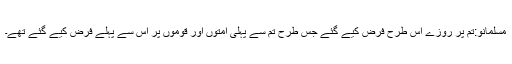
مسلمانو:تم پر روزے اس طرح فرض کیے گئے جس طرح تم سے پہلی امتوں اور قوموں پر اس سے پہلے فرض کیے گئے تھے۔